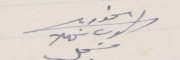
الخوري
 مسَجل